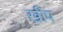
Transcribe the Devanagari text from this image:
खीप